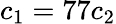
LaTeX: c_{1}=77c_{2}